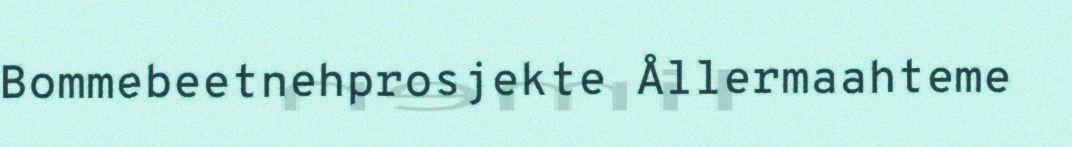
Bommebeetnehprosjekte Ållermaahteme